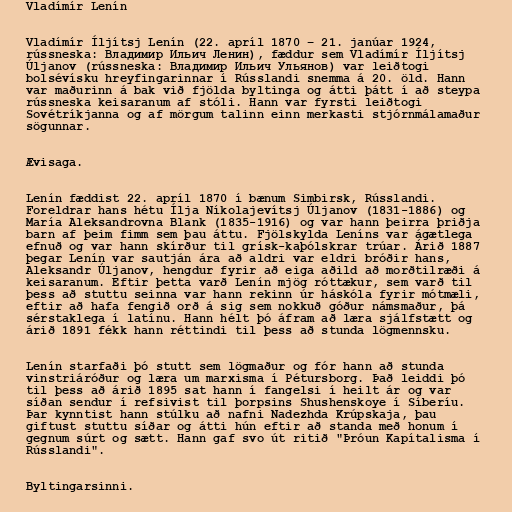
Vladímír Lenín

Vladímír Íljítsj Lenín (22. apríl 1870 – 21. janúar 1924,
rússneska: Владимир Ильич Ленин), fæddur sem Vladímír Íljítsj
Úljanov (rússneska: Владимир Ильич Ульянов) var leiðtogi
bolsévísku hreyfingarinnar í Rússlandi snemma á 20. öld. Hann
var maðurinn á bak við fjölda byltinga og átti þátt í að steypa
rússneska keisaranum af stóli. Hann var fyrsti leiðtogi
Sovétríkjanna og af mörgum talinn einn merkasti stjórnmálamaður
sögunnar.

Ævisaga.

Lenín fæddist 22. apríl 1870 í bænum Simbirsk, Rússlandi.
Foreldrar hans hétu Ílja Níkolajevítsj Úljanov (1831-1886) og
María Aleksandrovna Blank (1835-1916) og var hann þeirra þriðja
barn af þeim fimm sem þau áttu. Fjölskylda Leníns var ágætlega
efnuð og var hann skírður til grísk-kaþólskrar trúar. Árið 1887
þegar Lenín var sautján ára að aldri var eldri bróðir hans,
Aleksandr Úljanov, hengdur fyrir að eiga aðild að morðtilræði á
keisaranum. Eftir þetta varð Lenín mjög róttækur, sem varð til
þess að stuttu seinna var hann rekinn úr háskóla fyrir mótmæli,
eftir að hafa fengið orð á sig sem nokkuð góður námsmaður, þá
sérstaklega í latínu. Hann hélt þó áfram að læra sjálfstætt og
árið 1891 fékk hann réttindi til þess að stunda lögmennsku.

Lenín starfaði þó stutt sem lögmaður og fór hann að stunda
vinstriáróður og læra um marxisma í Pétursborg. Það leiddi þó
til þess að árið 1895 sat hann í fangelsi í heilt ár og var
síðan sendur í refsivist til þorpsins Shushenskoye í Síberíu.
Þar kynntist hann stúlku að nafni Nadezhda Krúpskaja, þau
giftust stuttu síðar og átti hún eftir að standa með honum í
gegnum súrt og sætt. Hann gaf svo út ritið "Þróun Kapítalisma í
Rússlandi".

Byltingarsinni.